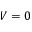
V = 0